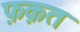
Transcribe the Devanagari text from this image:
फ़क़त